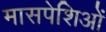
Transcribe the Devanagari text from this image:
मासपेशिओं